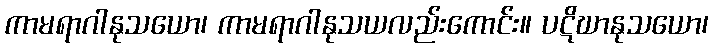
ကာမရာဂါနုသယော၊ ကာမရာဂါနုသယလည်းကောင်း။ ပဋိဃာနုသယော၊